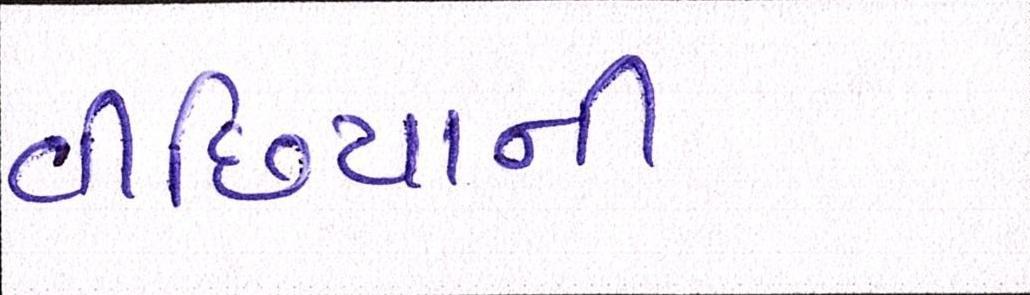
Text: વીંછિયાની